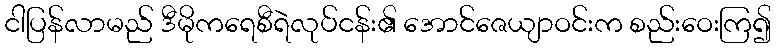
ငါပြန်လာမည် ဒီမိုကရေစီရဲလုပ်ငန်း၏ အောင်ဇေယျာဝင်းက စည်းဝေးကြ၍